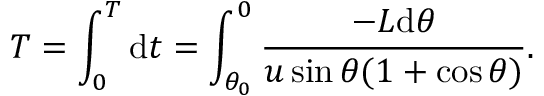
T = \int _ { 0 } ^ { T } \mathrm { d } t = \int _ { \theta _ { 0 } } ^ { 0 } \frac { - L \mathrm { d } \theta } { u \sin \theta ( 1 + \cos \theta ) } .